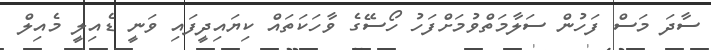
ސާދަ މަސް ފަހުން ސަލާމަތްވުމަށްފަހު ހޯސޭގެ ވާހަކަތައް ކިޔައިދީފައި ވަނީ ޑެއިލީ މެއިލް